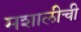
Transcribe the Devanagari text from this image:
मशालीची